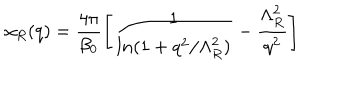
\alpha _ { R } ( q ) = \frac { 4 \pi } { \beta _ { 0 } } \left[ \frac { 1 } { l n ( 1 + q ^ { 2 } / \Lambda _ { R } ^ { 2 } ) } - \frac { \Lambda _ { R } ^ { 2 } } { q ^ { 2 } } \right]